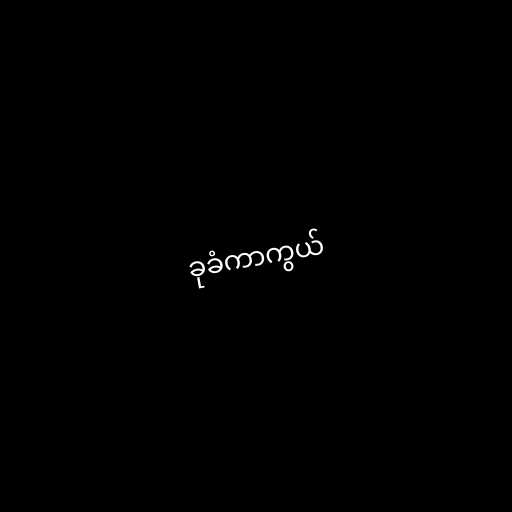
ခုခံကာကွယ်